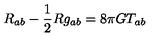
R _ { a b } - \frac { 1 } { 2 } R g _ { a b } = 8 \pi G T _ { a b }